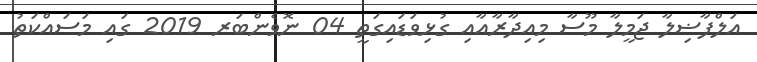
އަލްފާޟިލާ ޖަމީލާ މޫސާ މިއިދާރާއާއި ގުޅިވަޑައިގަތީ 04 ނޮވެންބަރ 2019 ގައި މަސައްކަތު